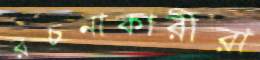
রচনাকারীরা